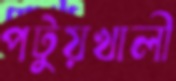
পটুয়খালী